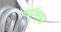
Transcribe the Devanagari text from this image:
धर्मशस्त्र